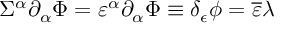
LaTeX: \Sigma ^ { \alpha } \partial _ { \alpha } \Phi = \varepsilon ^ { \alpha } \partial _ { \alpha } { \Phi } \equiv \delta _ { \epsilon } \phi = { \overline { { \varepsilon } } } \lambda